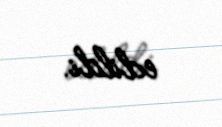
edildi.